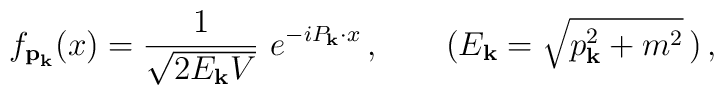
f_{{\bf p}_{\bf k}} (x) = \frac{1}{\sqrt{2 E_{\bf k} V}} \, \, e^{- i P_{\bf k} \cdot x} \, , \;\;\;\;\;\;\; (E_{\bf k} = \sqrt{p_{\bf k}^2 + m^2} \, ) \, ,